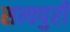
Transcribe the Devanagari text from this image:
सत्यपुरी